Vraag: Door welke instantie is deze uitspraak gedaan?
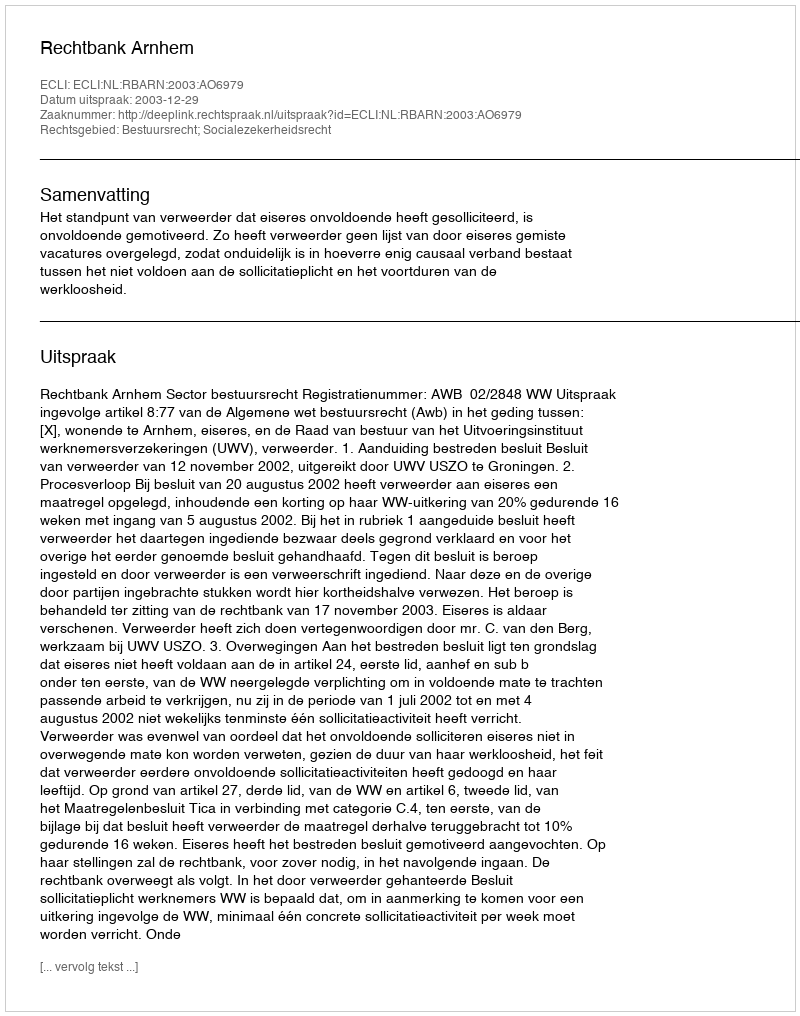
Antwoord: Rechtbank Arnhem